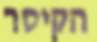
הקיסר